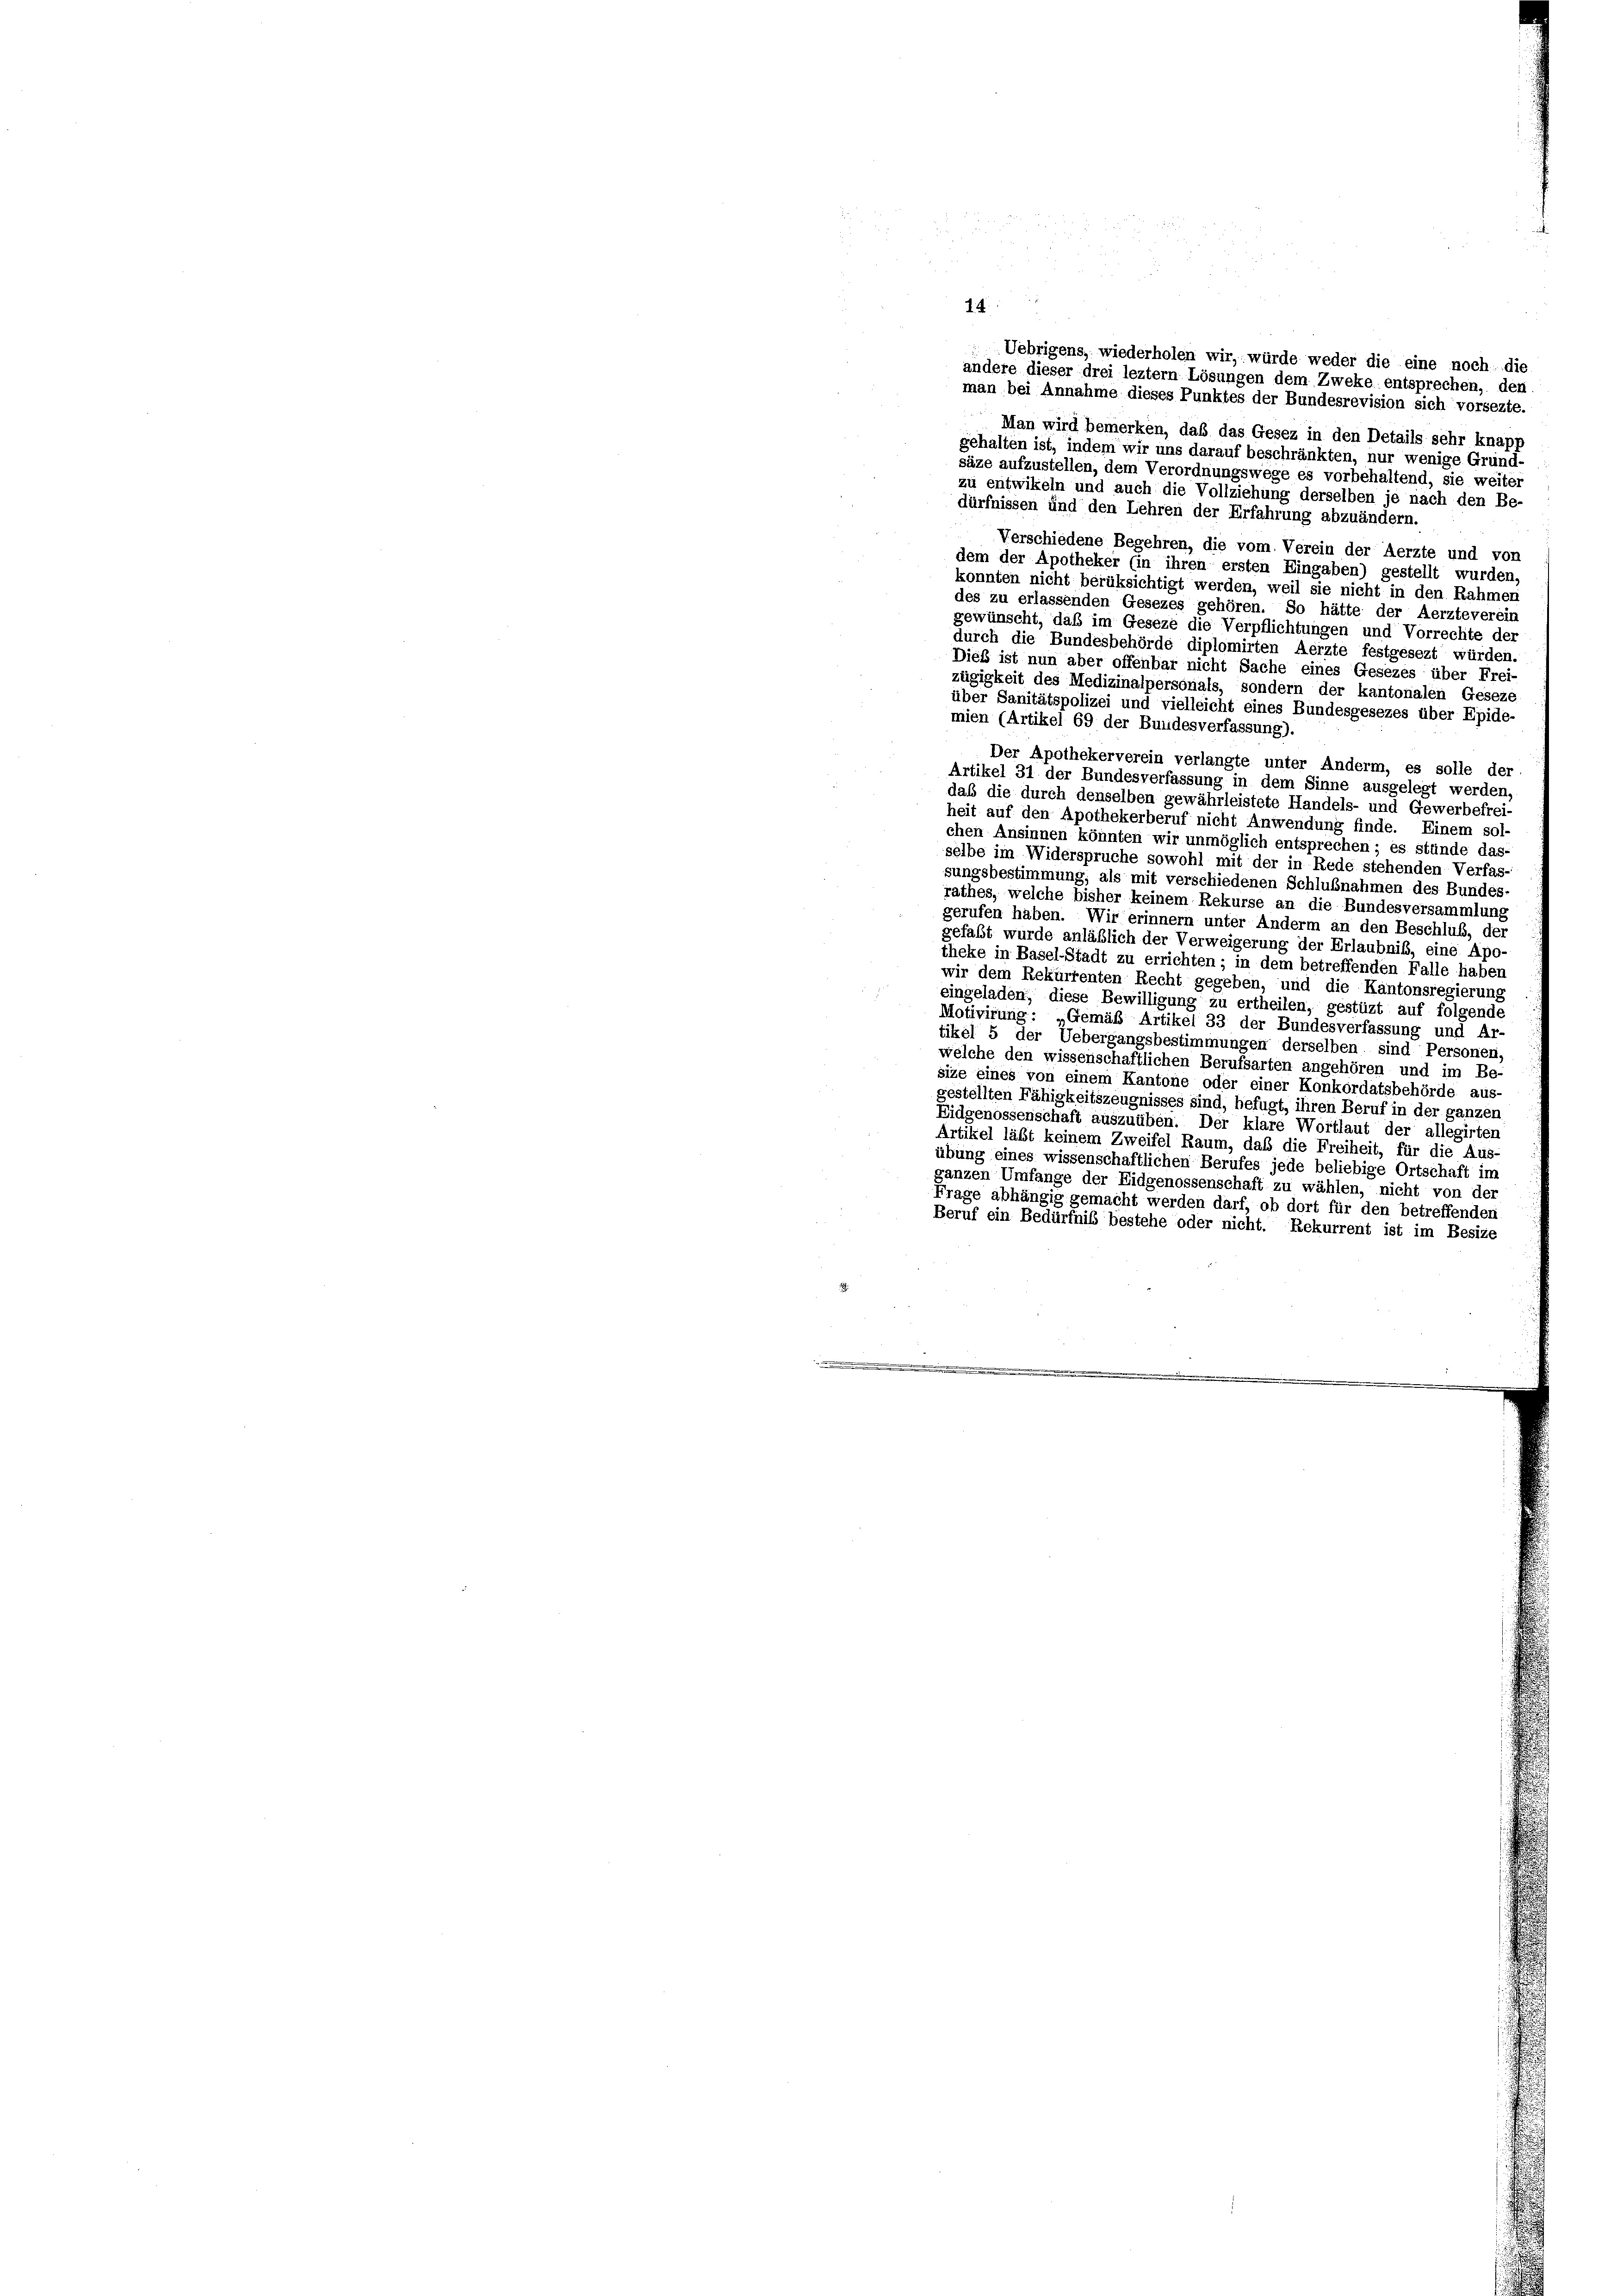
Uebrigens, wiederholen wir, würde weder die eine noch die
andere dieser drei leztem Lösungen dem Zweke entsprechen, den
man bei Annahme dieses Punktes der Bundesrevision sich vorsezte.
Man wird bemerken, daß das Gesez in den Details sehr knapp
gehalten ist, indem wir uns darauf beschränkten, nur wenige Grund-
säze aufzustellen, dem Verordnungswege es vorbehaltend, sie weiter
zu entwikeln und auch die Vollziehung derselben je nach den Be-
dürfnissen und den Lehren der Erfahrung abzuändern.
Verschiedene Begehren, die vom Verein der Aerzte und von
dem der Apotheker (in ihren ersten Eingaben) gestellt wurden
konnten nicht berüksichtigt werden, weil sie nicht in den Rahmer
des zu erlassenden Gesezes gehören. So hätte der Aerzteverein
gewünscht, daß im Geseze die Verpflichtungen und Vorrechte der
durch die Bundesbehörde diplomirten Aerzte festgesezt würden.
Dieß ist nun aber offenbar nicht Sache eines Gesezes über Frei-
zügigkeit des Medizinalpersonals, sondern der kantonalen Geseze
über Sanitätspolizei und vielleicht eines Bundesgesezes über Epide-
mien (Artikel 69 der Bundesverfassung).
Der Apothekerverein verlangte unter Anderm, es solle der
Artikel 31 der Bundesverfassung in dem Sinne ausgelegt werden,
daß die durch denselben gewährleistete Handels- und Gewerbefrei-
heit auf den Apothekerberuf nicht Anwendung finde. Einem sol-
chen Ansinnen könnten wir unmöglich entsprechen ; es stünde das-
selbe im Widerspruche sowohl mit der in Rede stehenden Verfas-
sungsbestimmung, als mit verschiedenen Schlubnahmen des Bundes-
rathes, welche bisher keinem Rekurse an die Bundesversammlung
gerufen haben. Wir erinnern unter Anderm an den Beschluß, der
gefaßt wurde anläßlich der Verweigerung der Erlaubniß, eine Apo-
theke in Basel-Stadt zu errichten; in dem betreffenden Falle haben
wir dem Rekurrenten Recht gegeben, und die Kantonsregierung
eingeladen, diese Bewilligung zu ertheilen, gestüzt auf folgende
Motivirung: Gemäß Artikel 33 der Bundesverfassung und Ar
tikel 5 der Uebergangsbestimmungen derselben sind Personen
welche den wissenschaftlichen Berufsarten angehören und im Be-
size eines von einem Kantone oder einer Konkordatsbehörde aus-
gestellten Fähigkeitszeugnisses sind, befugt, ihren Beruf in der ganzen
Eidgenossenschaft auszuüben. Der klare Wortlaut der allegirten
Artikel läßt keinem Zweifel Raum, daß die Freiheit, für die Aus-
übung eines wissenschaftlichen Berufes jede beliebige Ortschaft im
ganzen Umfange der Eidgenossenschaft zu wählen, nicht von der
Frage abhängig gemacht werden darf, ob dort für den betreffenden
Beruf ein Bedürfnis bestehe oder nicht. Rekurrent ist im Besize